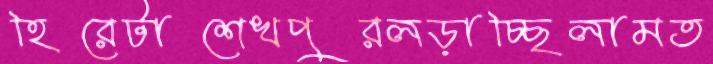
হিরেটাশেখপুরলড়াচ্ছিলামত